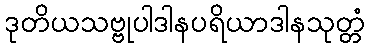
ဒုတိယသဗ္ဗုပါဒါနပရိယာဒါနသုတ္တံ